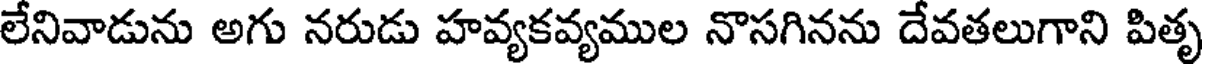
లేనివాడును అగు నరుడు హవ్యకవ్యముల నొసగినను దేవతలుగాని పితృ